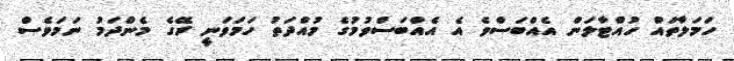
ހަމަލާތައް ހުއްޓާލަން އެއްބަސްވެ އެ އެއްބަސްވުމުގެ މުއްދަތު ހަމަވަނީ ރޭގެ މެންދަމު ނަމަވެސް